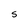
Character: S